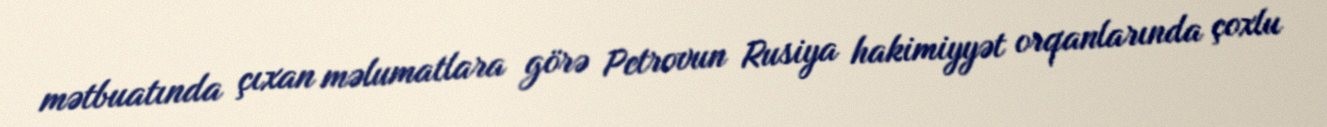
mətbuatında çıxan məlumatlara görə Petrovun Rusiya hakimiyyət orqanlarında çoxlu